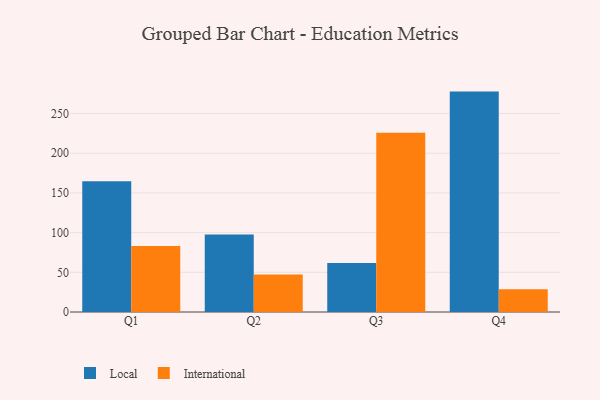
{"axis": {"x": "Quarter", "y": "Headcount"}, "legend": ["International", "Local"], "data": [{"x": "Q1", "y": 164.7, "type": "Local"}, {"x": "Q1", "y": 83.1, "type": "International"}, {"x": "Q2", "y": 97.5, "type": "Local"}, {"x": "Q2", "y": 47.1, "type": "International"}, {"x": "Q3", "y": 61.7, "type": "Local"}, {"x": "Q3", "y": 225.7, "type": "International"}, {"x": "Q4", "y": 277.6, "type": "Local"}, {"x": "Q4", "y": 28.7, "type": "International"}]}